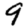
Digit: 9